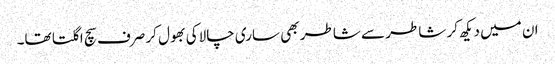
ان میں دیکھ کر شاطر سے شاطر بھی ساری چالاکی بھول کر صرف سچ اگلتا تھا۔